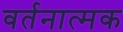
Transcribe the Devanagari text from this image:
वर्तनात्मक